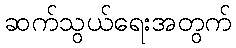
ဆက်သွယ်ရေးအတွက်